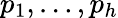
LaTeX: p_{1},\ldots,p_{h}